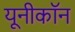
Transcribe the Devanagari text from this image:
यूनीकॉन